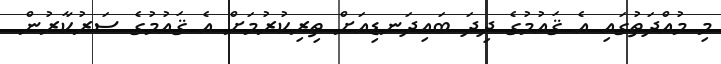
މި މުއްދަތުގައި އެ ޤައުމުގެ ދިދަ ބައިދަނޑިއަށް ތިރިކުރުމަށް އެ ޤައުމުގެ ސަރުކާރުން